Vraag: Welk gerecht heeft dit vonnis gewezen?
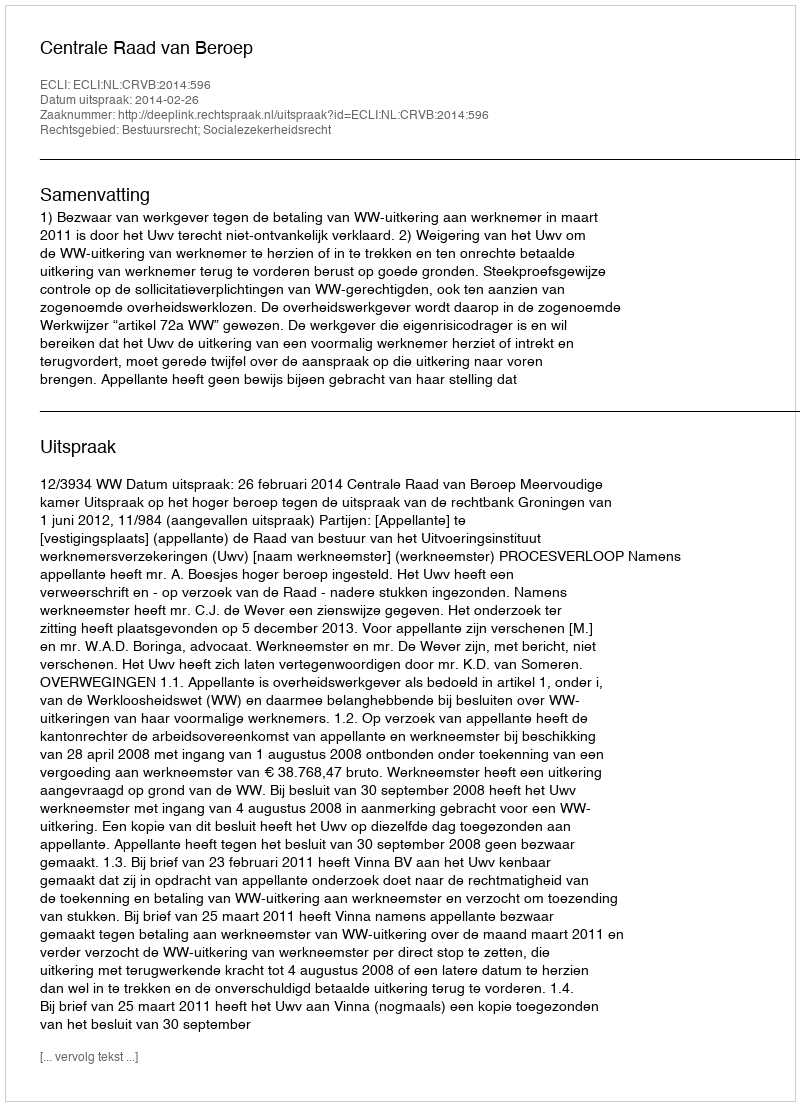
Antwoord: Centrale Raad van Beroep